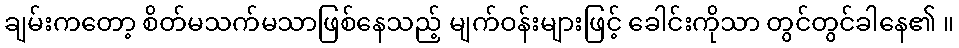
ချမ်းကတော့ စိတ်မသက်မသာဖြစ်နေသည့် မျက်ဝန်းများဖြင့် ခေါင်းကိုသာ တွင်တွင်ခါနေ၏ ။